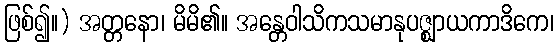
ဖြစ်၍။) အတ္တနော၊ မိမိ၏။ အန္တေဝါသိကသမာနုပဇ္ဈာယကာဒိကေ၊